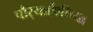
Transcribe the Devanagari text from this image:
चौर्‍याऐंशीच्या